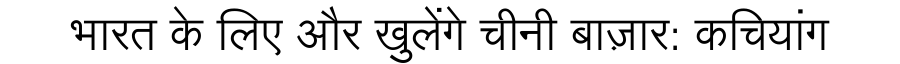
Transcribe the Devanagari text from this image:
भारत के लिए और खुलेंगे चीनी बाज़ार: कचियांग